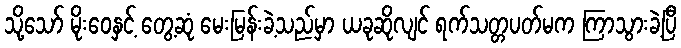
သို့သော် မိုးဝေနှင့် တွေ့ဆုံ မေးမြန်းခဲ့သည်မှာ ယခုဆိုလျင် ရက်သတ္တပတ်မက ကြာသွားခဲ့ပြီ